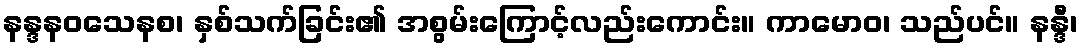
နန္ဒနဝသေနစ၊ နှစ်သက်ခြင်း၏ အစွမ်းကြောင့်လည်းကောင်း။ ကာမောဝ၊ သည်ပင်။ နန္ဒီ၊